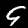
Digit: 9